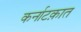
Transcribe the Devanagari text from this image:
कर्नाटक़ात